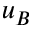
u _ { B }